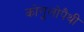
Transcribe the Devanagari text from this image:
कोगुलोपैथी